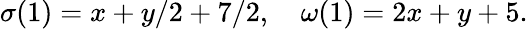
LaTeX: \sigma(1)=x+y/2+7/2,\quad\omega(1)=2x+y+5.